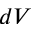
d V